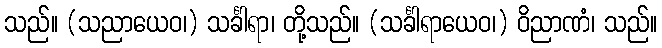
သည်။ (သညာယေဝ၊) သင်္ခါရာ၊ တို့သည်။ (သင်္ခါရာယေဝ၊) ဝိညာဏံ၊ သည်။